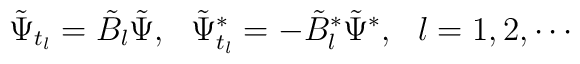
\tilde  \Psi_{t_l}= \tilde B_l \tilde \Psi,  \ \  \tilde \Psi^*_{t_l}= - \tilde B_l^*  \tilde \Psi^* ,\ \ l=1,2,\cdots